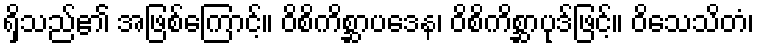
ရှိသည်၏ အဖြစ်ကြောင့်။ ဝိစိကိစ္ဆာပဒေန၊ ဝိစိကိစ္ဆာပုဒ်ဖြင့်။ ဝိသေသိတံ၊